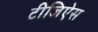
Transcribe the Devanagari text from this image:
टीजिऐस